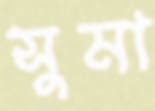
সুমা